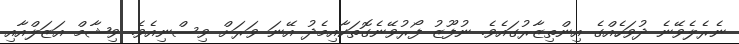
ނެރެލެވޭނެ ދުވަހެއްގެ އިންތިޒާރުގައެވެ. ނުފޫޒު ފޯރުވޭނެގޮތަކާއިމެދު އޭނަ ވަރަށް ވިސްނިއެވެ. ވިޝާމް އަޒަލްއާއި